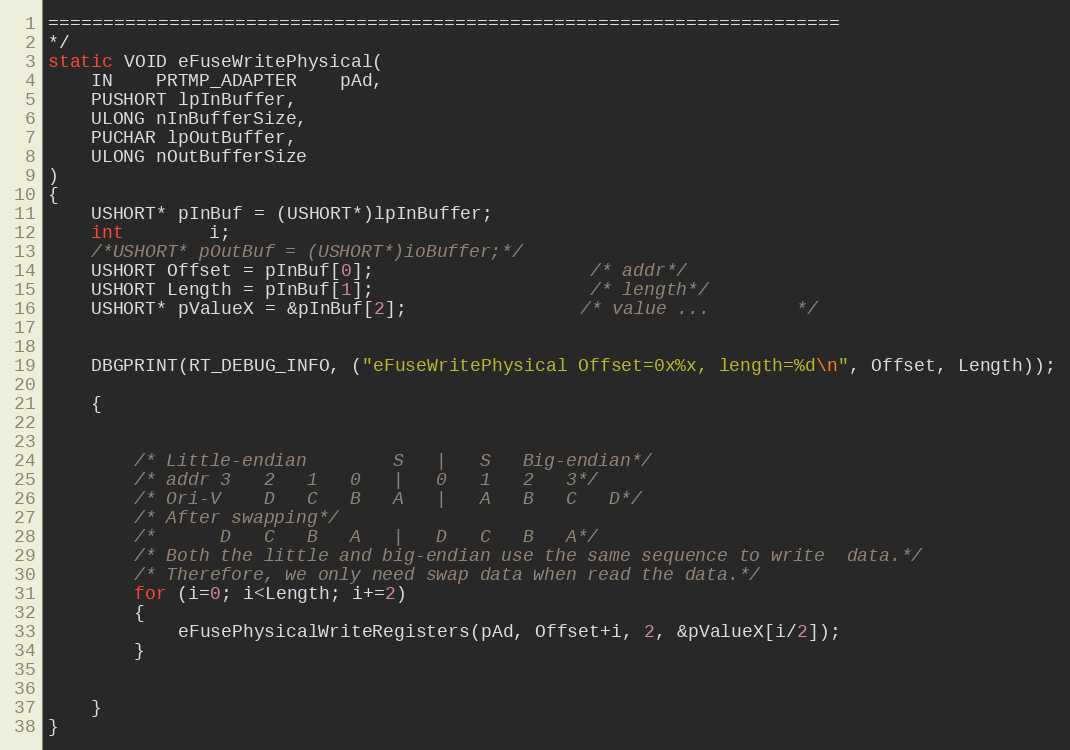
Language: C
========================================================================
*/
static VOID eFuseWritePhysical(
	IN	PRTMP_ADAPTER	pAd,
  	PUSHORT lpInBuffer,
	ULONG nInBufferSize,
  	PUCHAR lpOutBuffer,
  	ULONG nOutBufferSize
)
{
	USHORT* pInBuf = (USHORT*)lpInBuffer;
	int 		i;
	/*USHORT* pOutBuf = (USHORT*)ioBuffer;*/
	USHORT Offset = pInBuf[0];					/* addr*/
	USHORT Length = pInBuf[1];					/* length*/
	USHORT* pValueX = &pInBuf[2];				/* value ...		*/

	DBGPRINT(RT_DEBUG_INFO, ("eFuseWritePhysical Offset=0x%x, length=%d\n", Offset, Length));

	{

		/* Little-endian		S	|	S	Big-endian*/
		/* addr	3	2	1	0	|	0	1	2	3*/
		/* Ori-V	D	C	B	A	|	A	B	C	D*/
		/* After swapping*/
		/*		D	C	B	A	|	D	C	B	A*/
		/* Both the little and big-endian use the same sequence to write  data.*/
		/* Therefore, we only need swap data when read the data.*/
		for (i=0; i<Length; i+=2)
		{
			eFusePhysicalWriteRegisters(pAd, Offset+i, 2, &pValueX[i/2]);
		}

	}
}